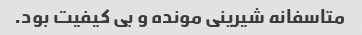
متاسفانه شیرینی مونده و بی کیفیت بود.